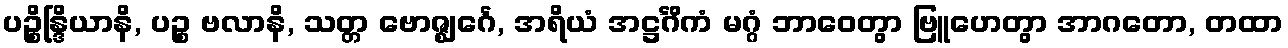
ပဉ္စိန္ဒြိယာနိ, ပဉ္စ ဗလာနိ, သတ္တ ဗောဇ္ဈင်္ဂေ, အရိယံ အဋ္ဌင်္ဂိကံ မဂ္ဂံ ဘာဝေတွာ ဗြူဟေတွာ အာဂတော, တထာ